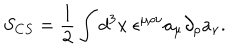
S _ { C S } = \frac { 1 } { 2 } \int d ^ { 3 } x ~ \epsilon ^ { \mu \rho \nu } a _ { \mu } \partial _ { \rho } a _ { \nu } .